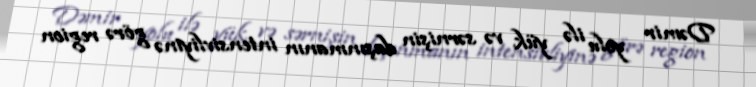
Dəmir yolu ilə yük və sərnişin daşınmanın intensivliyinə görə region